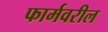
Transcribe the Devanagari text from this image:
फार्मवरील